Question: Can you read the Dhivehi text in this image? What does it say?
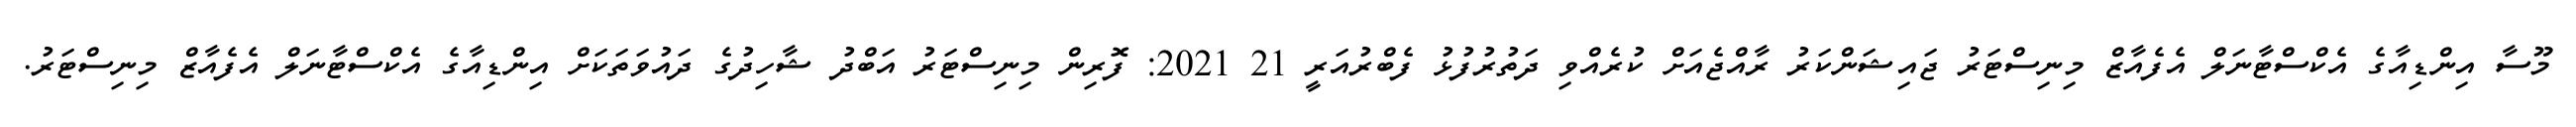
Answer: މޫސާ އިންޑިއާގެ އެކްސްޓާނަލް އެފެއާޒް މިނިސްޓަރު ޖައިޝަންކަރު ރާއްޖެއަށް ކުރެއްވި ދަތުރުފުޅު ފެބްރުއަރީ 21 2021: ފޮރިން މިނިސްޓަރު އަބްދު ޝާހިދުގެ ދައުވަތަކަށް އިންޑިއާގެ އެކްސްޓާނަލް އެފެއާޒް މިނިސްޓަރު.